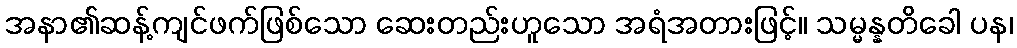
အနာ၏ဆန့်ကျင်ဖက်ဖြစ်သော ဆေးတည်းဟူသော အရံအတားဖြင့်။ သမ္မန္နတိခေါ ပန၊